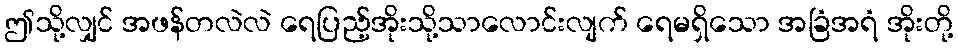
ဤသို့လျှင် အဖန်တလဲလဲ ရေပြည့်အိုးသို့သာလောင်းလျက် ရေမရှိသော အခြံအရံ အိုးတို့